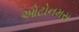
ઓટોનમસ